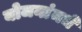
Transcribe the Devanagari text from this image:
योजनांमधे